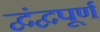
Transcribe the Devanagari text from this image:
द्वंद्वपूर्ण